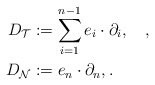
\begin{align*} D_{\mathcal{T}}&:=\sum_{i=1}^{n-1}e_i\cdot\partial_i,\quad,\\ D_{\mathcal{N}}&:=e_n\cdot\partial_n, . \end{align*}